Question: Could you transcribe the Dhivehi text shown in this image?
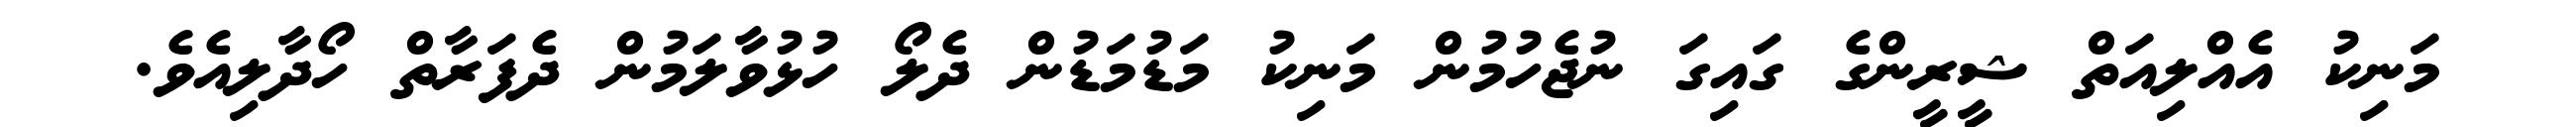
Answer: މަނިކު އެއްލިއަތް ޝީރީންގެ ގައިގަ ނުޖެހުމުން މަނިކު މަޑުމަޑުން ދެލޯ ހުޅުވާލަމުން ދެފަރާތް ހޯދާލިއެވެ.